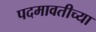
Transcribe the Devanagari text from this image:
पदमावतीच्या